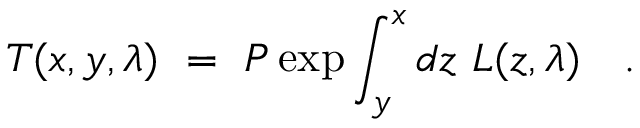
T ( x , y , \lambda ) ~ = ~ P \exp \int _ { y } ^ { x } d z ~ L ( z , \lambda ) ~ ~ ~ .